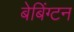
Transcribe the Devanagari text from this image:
बेबिंग्टन